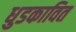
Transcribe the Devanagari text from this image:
धुडकावित